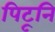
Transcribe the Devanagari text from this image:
पिटूनि